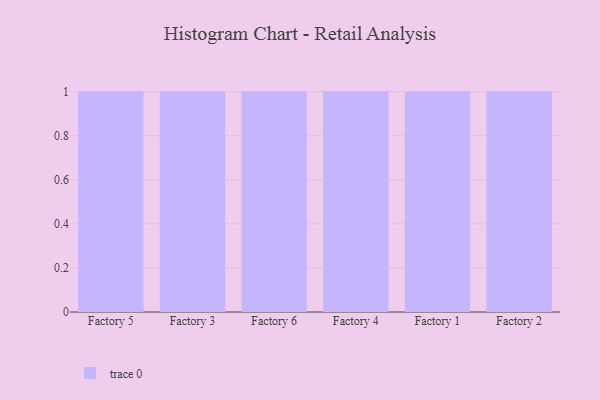
{"axis": {"x": "Factory", "y": "Gross Profit (USD K)"}, "legend": [""], "data": [{"x": "Factory 5", "y": 43, "type": ""}, {"x": "Factory 3", "y": 42, "type": ""}, {"x": "Factory 6", "y": 13, "type": ""}, {"x": "Factory 4", "y": 62, "type": ""}, {"x": "Factory 1", "y": 98, "type": ""}, {"x": "Factory 2", "y": 99, "type": ""}]}